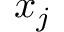
x _ { j }